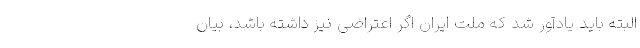
البته باید یادآور شد که ملت ایران اگر اعتراضی نیز داشته باشد، بیان